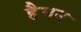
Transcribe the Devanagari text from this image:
हैगन